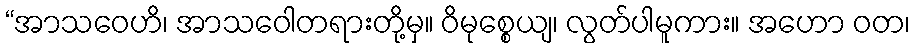
“အာသဝေဟိ၊ အာသဝေါတရားတို့မှ။ ဝိမုစ္စေယျ၊ လွတ်ပါမူကား။ အဟော ဝတ၊